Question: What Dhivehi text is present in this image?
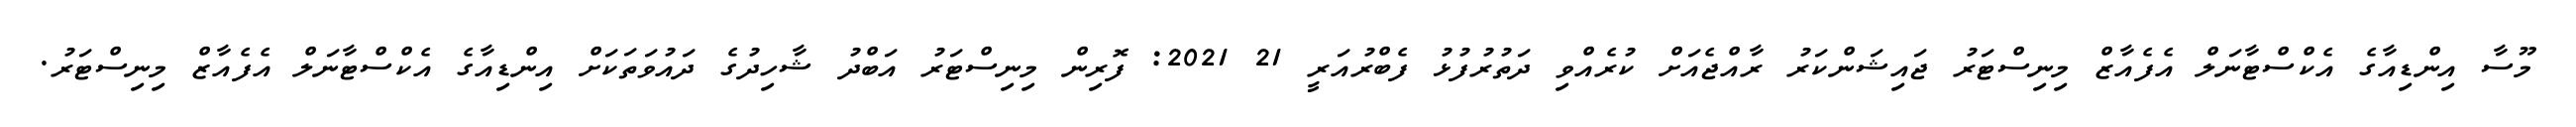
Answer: މޫސާ އިންޑިއާގެ އެކްސްޓާނަލް އެފެއާޒް މިނިސްޓަރު ޖައިޝަންކަރު ރާއްޖެއަށް ކުރެއްވި ދަތުރުފުޅު ފެބްރުއަރީ 21 2021: ފޮރިން މިނިސްޓަރު އަބްދު ޝާހިދުގެ ދައުވަތަކަށް އިންޑިއާގެ އެކްސްޓާނަލް އެފެއާޒް މިނިސްޓަރު.